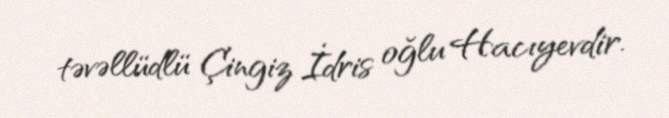
təvəllüdlü Çingiz İdris oğlu Hacıyevdir.